Report of the Municipal Commissioner on the plague in Bombay for the year ending 31st May... - Volume 3
Disease focus: Plague
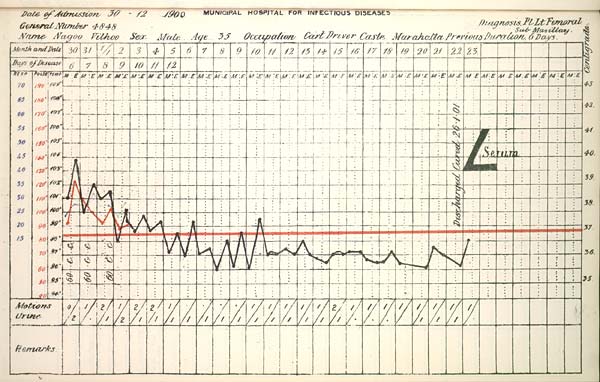
Date
of
Admission
1900
MUNICIPAL
HOSPITAL
FOR
INFECTIOUS
DISEASES.
General
Number
Diagnosis
Name
Sex
Age
Occupation
Caste
Previous
Duration